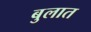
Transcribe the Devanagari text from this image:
बुलात